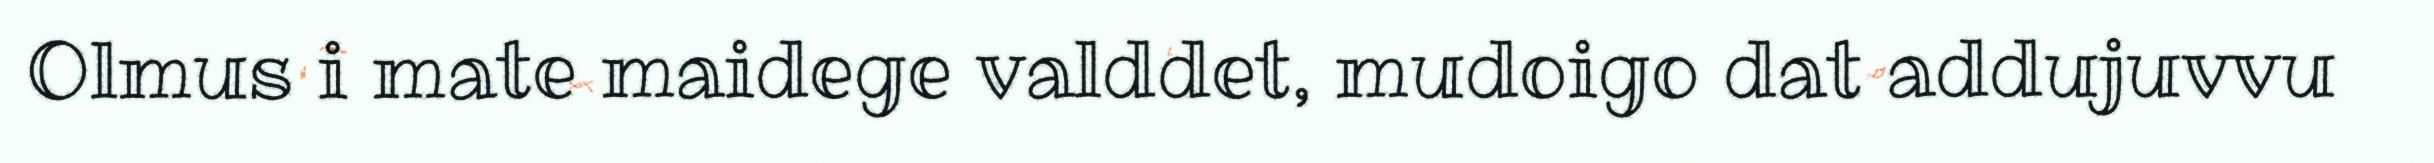
Olmus i mate maidege valddet, mudoigo dat addujuvvu